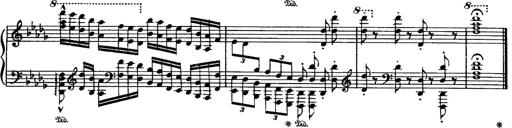
Title: Paraphrase de concert sur Rigoletto
Composer: Franz Liszt